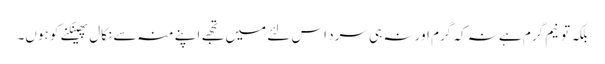
بلکہ تو نیم گرم ہے نہ کہ گرم اور نہ ہی سرد اس لئے میں تجھے اپنے منہ سے نکال پھینکنے کو ہوں۔